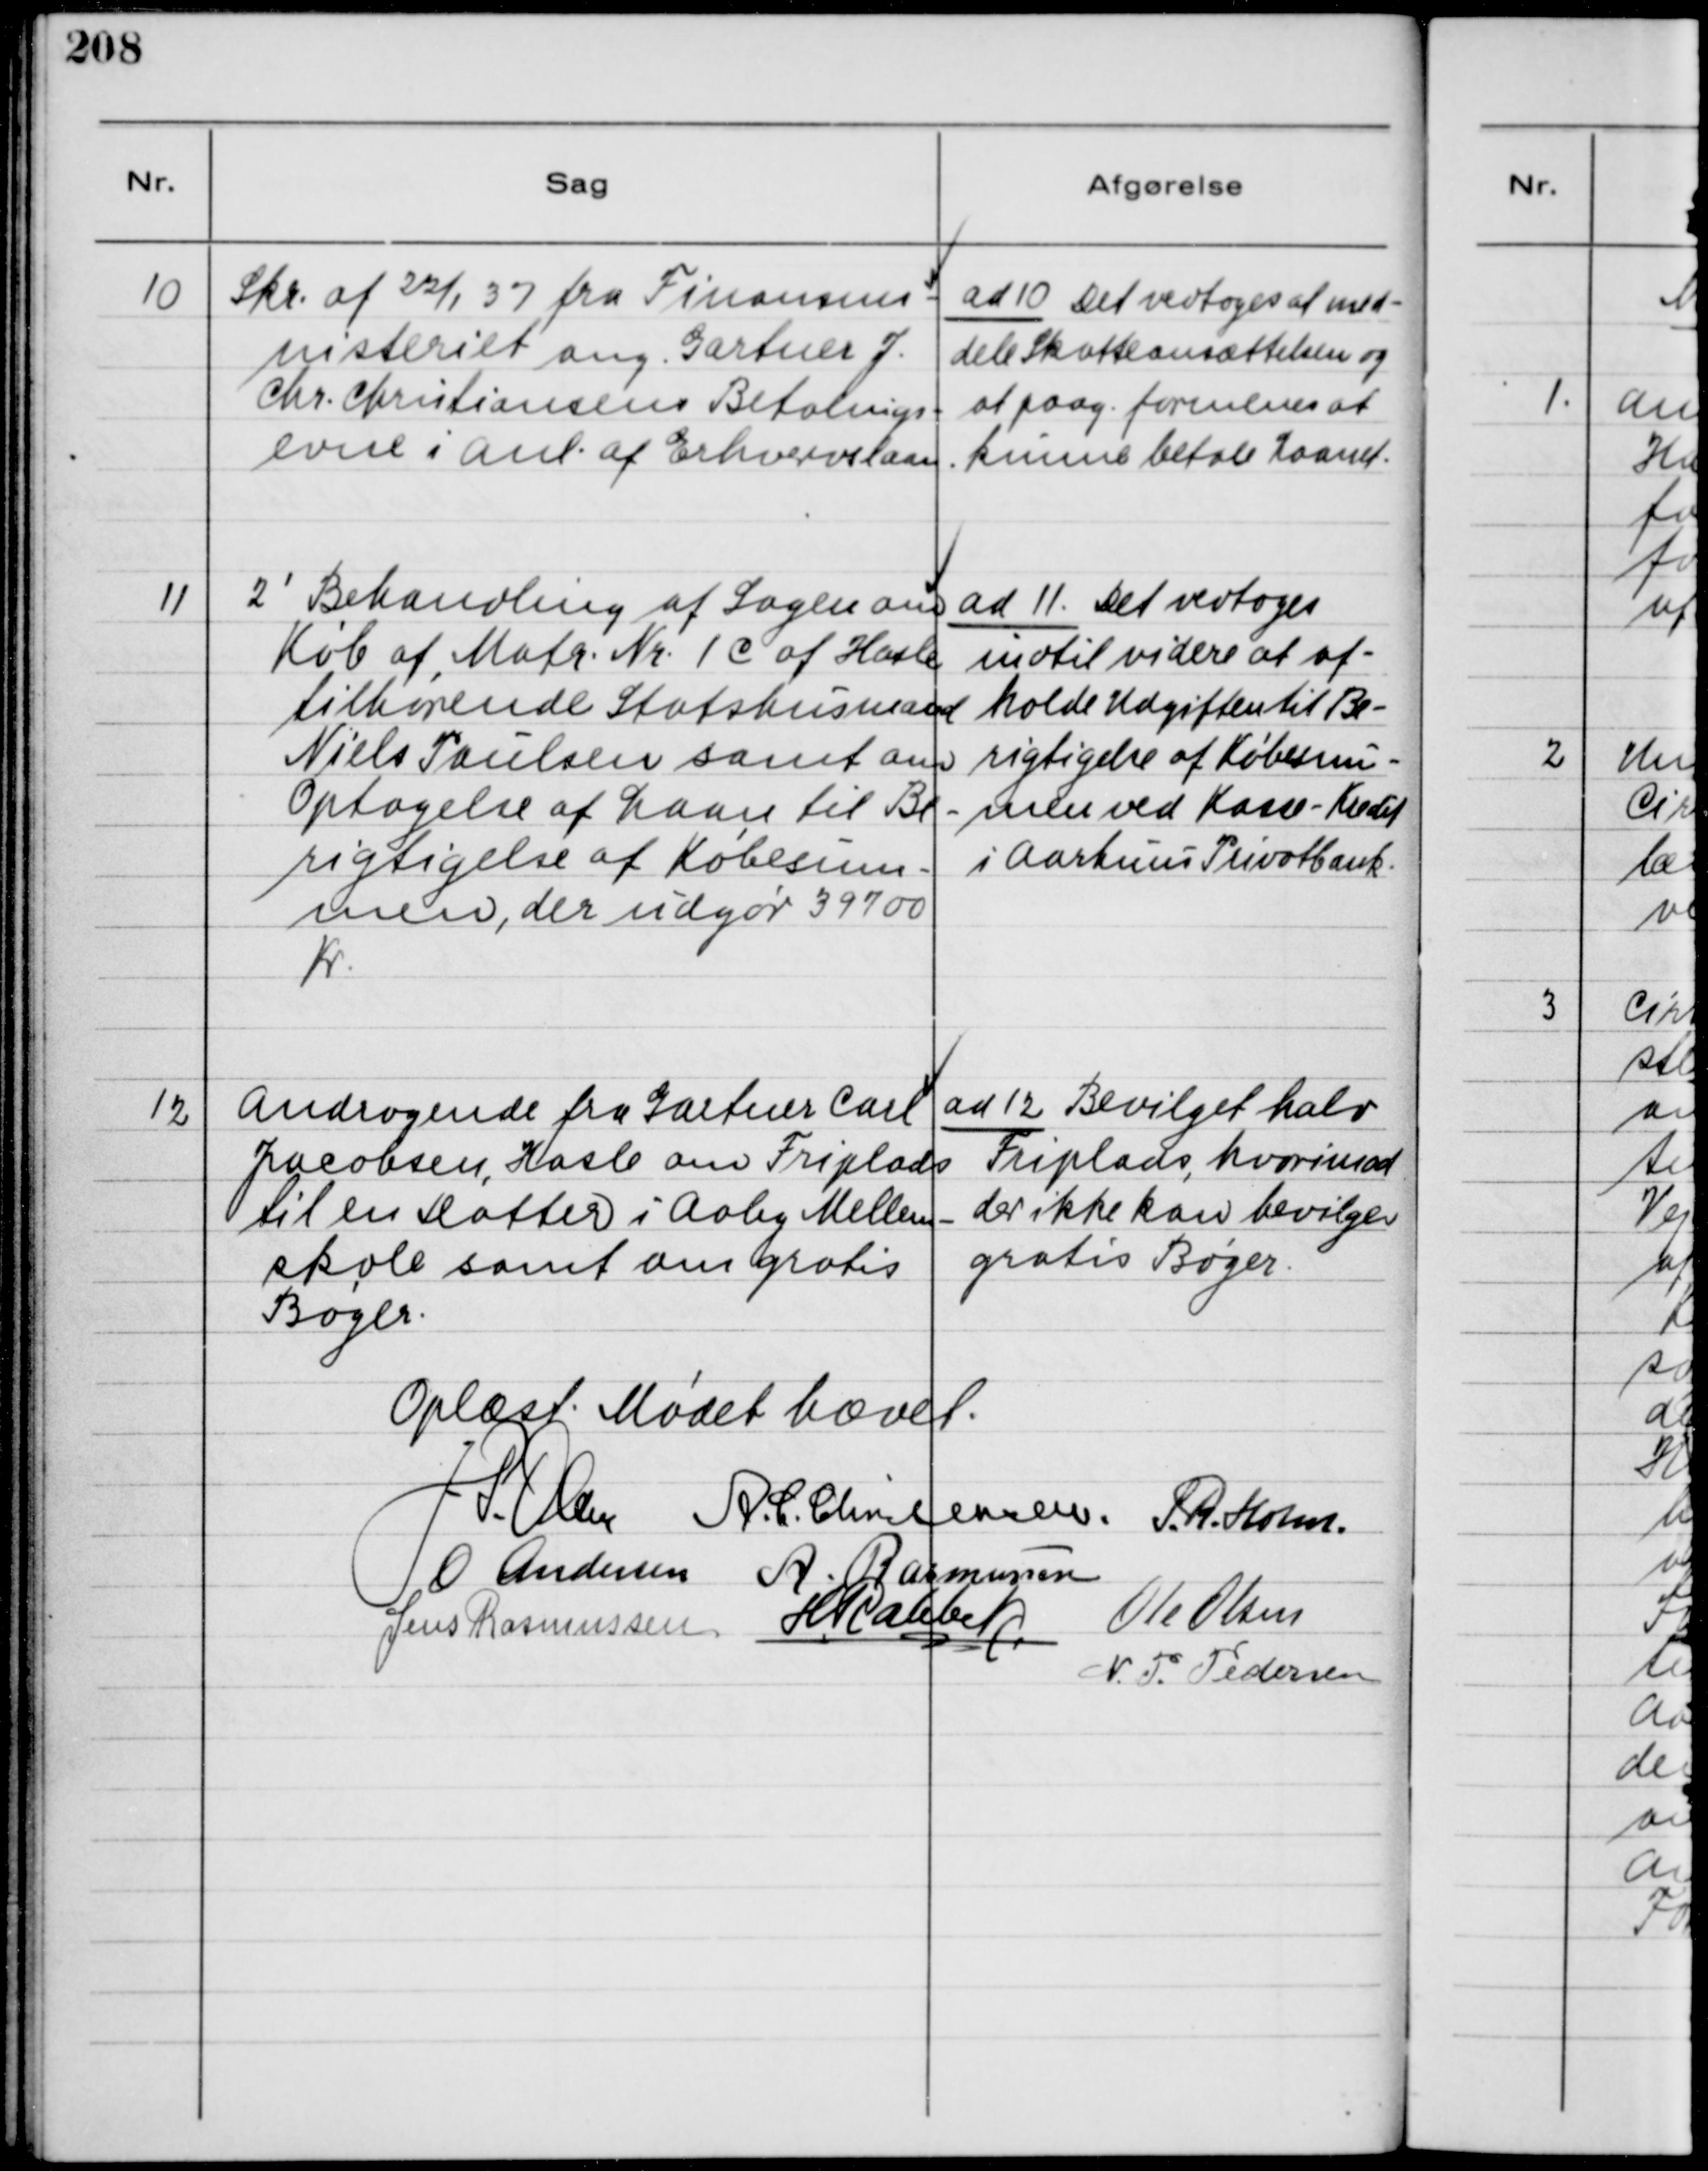
Transskription:
10
Skr. af 22/1 37 fra Finansmi-
nisteriet ang. Gartner J.
Chr. Christiansens Betalings-
evne i Anl. af Erhvervslaan

ad 10 Det vedtoges at med-
dele Skatteansættelsen og
at paag. formenes at
kunne betale Laanet.

11
2
'
Behandling af Sagen om
Køb af Matr. Nr. 1 c af Hasle
tilhørende Statshusmand
Niels Paulsen samt om
Optagelse af Laan til Be-
rigtigelse af Købesum-
men, der udgør 39700
Kr.

ad 11. Det vedtoges
indtil videre at af-
holde Udgiften til Be-
rigtigelse af Købesum-
men ved Kasse-Kredit
i Aarhuus Privatbank.

12
Andragende fra Gartner Carl
Jacobsen, Hasle om Friplads
til en datter i Aaby Mellem-
skole samt om gratis
Bøger.

ad 12 Bevilget halv
Friplads, hvorimod
der ikke kan bevilges
gratis Bøger.

Oplæst. Mødet hævet.
J P. Olsen
A. C. Christensen.
S. R. Holm.
O. Andersen
A. Rasmussen
Jens Rasmussen
H. Rahbek
Ole Olsen
N. P. Pedersen